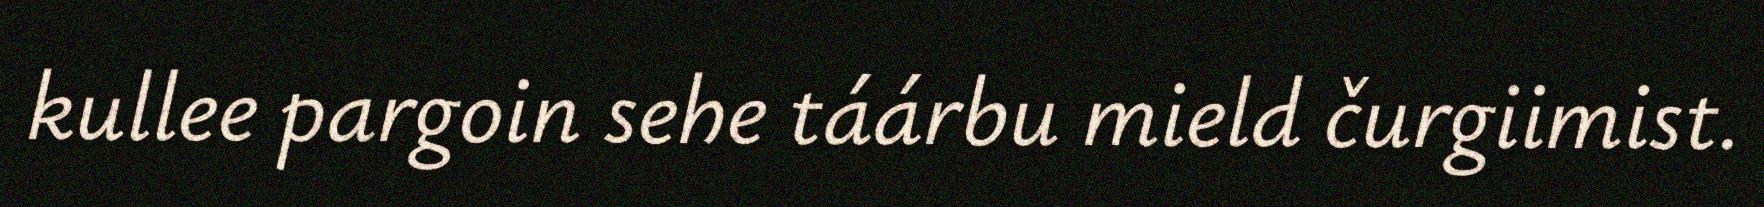
kullee pargoin sehe táárbu mield čurgiimist.